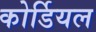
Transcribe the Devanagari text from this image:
कोर्डियल